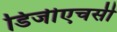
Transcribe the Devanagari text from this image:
डिजीएचसी